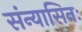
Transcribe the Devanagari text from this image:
संन्यासिनः